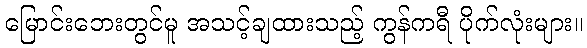
မြောင်းဘေးတွင်မူ အသင့်ချထားသည့် ကွန်ကရီ ပိုက်လုံးများ။